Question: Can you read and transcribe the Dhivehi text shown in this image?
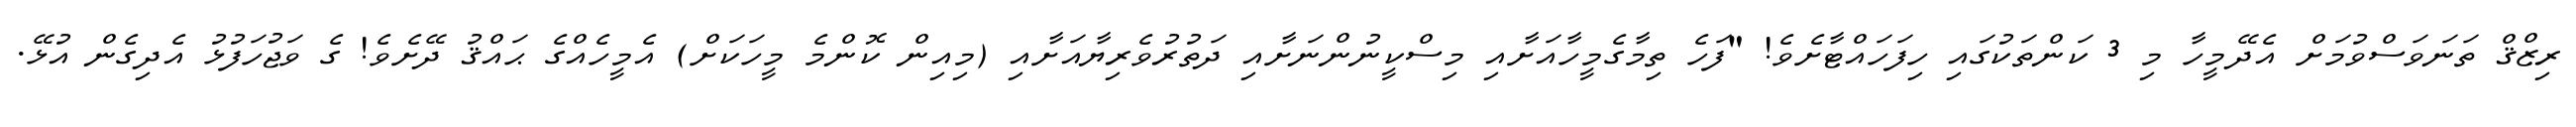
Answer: ރިޒްޤް ތަނަވަސްވުމަށް އެދޭމީހާ މި 3 ކަންތަކުގައި ހިފަހައްޓާށެވެ! "ފަހެ ތިމާގެމީހާއަށާއި މިސްކީނުންނަށާއި ދަތުރުވެރިޔާއަށާއި (މިއިން ކޮންމެ މީހަކަށް) އެމީހެއްގެ ޙައްޤު ދޭށެވެ! ގެ ވަޖުހަފުޅު އެދިގެން އުޅޭ.